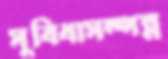
সুবিধাসম্পন্ন